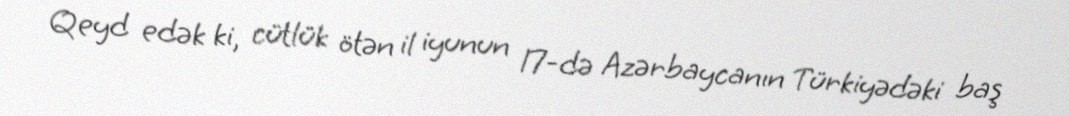
Qeyd edək ki, cütlük ötən il iyunun 17-də Azərbaycanın Türkiyədəki baş